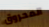
المحروق